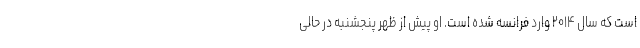
است که سال ۲۰۱۴ وارد فرانسه شده است. او پیش از ظهر پنجشنبه در حالی